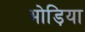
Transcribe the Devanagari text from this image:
भोड़िया